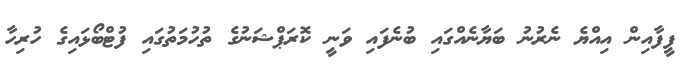
ފީފާއިން އިއްޔެ ނެރުނު ބަޔާނެއްގައި ބުނެފައި ވަނީ ކޮރަޕްޝަނުގެ ތުހުމަތުގައި ފުޓްބޯޅައިގެ ހުރިހާ